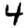
Digit: 4